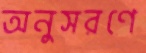
অনুসরণে